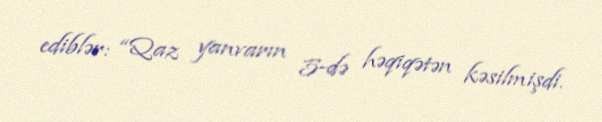
ediblər: “Qaz yanvarın 5-də həqiqətən kəsilmişdi.